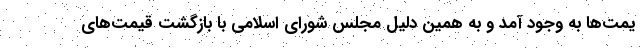
یمت‌ها به وجود آمد و به همین دلیل مجلس شورای اسلامی با بازگشت قیمت‌های